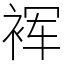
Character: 裈